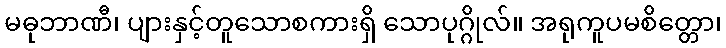
မဓုဘာဏီ၊ ပျားနှင့်တူသောစကားရှိ သောပုဂ္ဂိုလ်။ အရုကူပမစိတ္တော၊